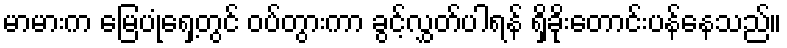
မာမားက မြေပုံရှေ့တွင် ဝပ်တွားကာ ခွင့်လွှတ်ပါရန် ရှိခိုးတောင်းပန်နေသည်။